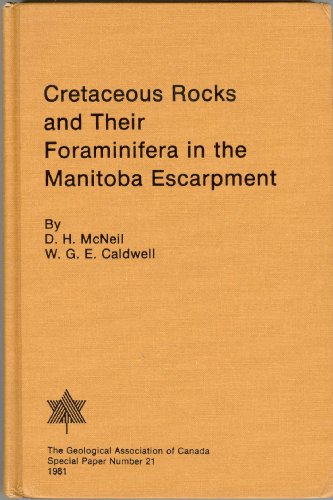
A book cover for Cretaceous Rocks And Their Foraminifera In The Manitoba Escarpment (Special Paper); David H. McNeil; Science & Math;